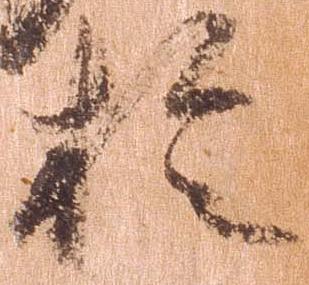
於